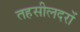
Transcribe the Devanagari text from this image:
तहसीलदरों